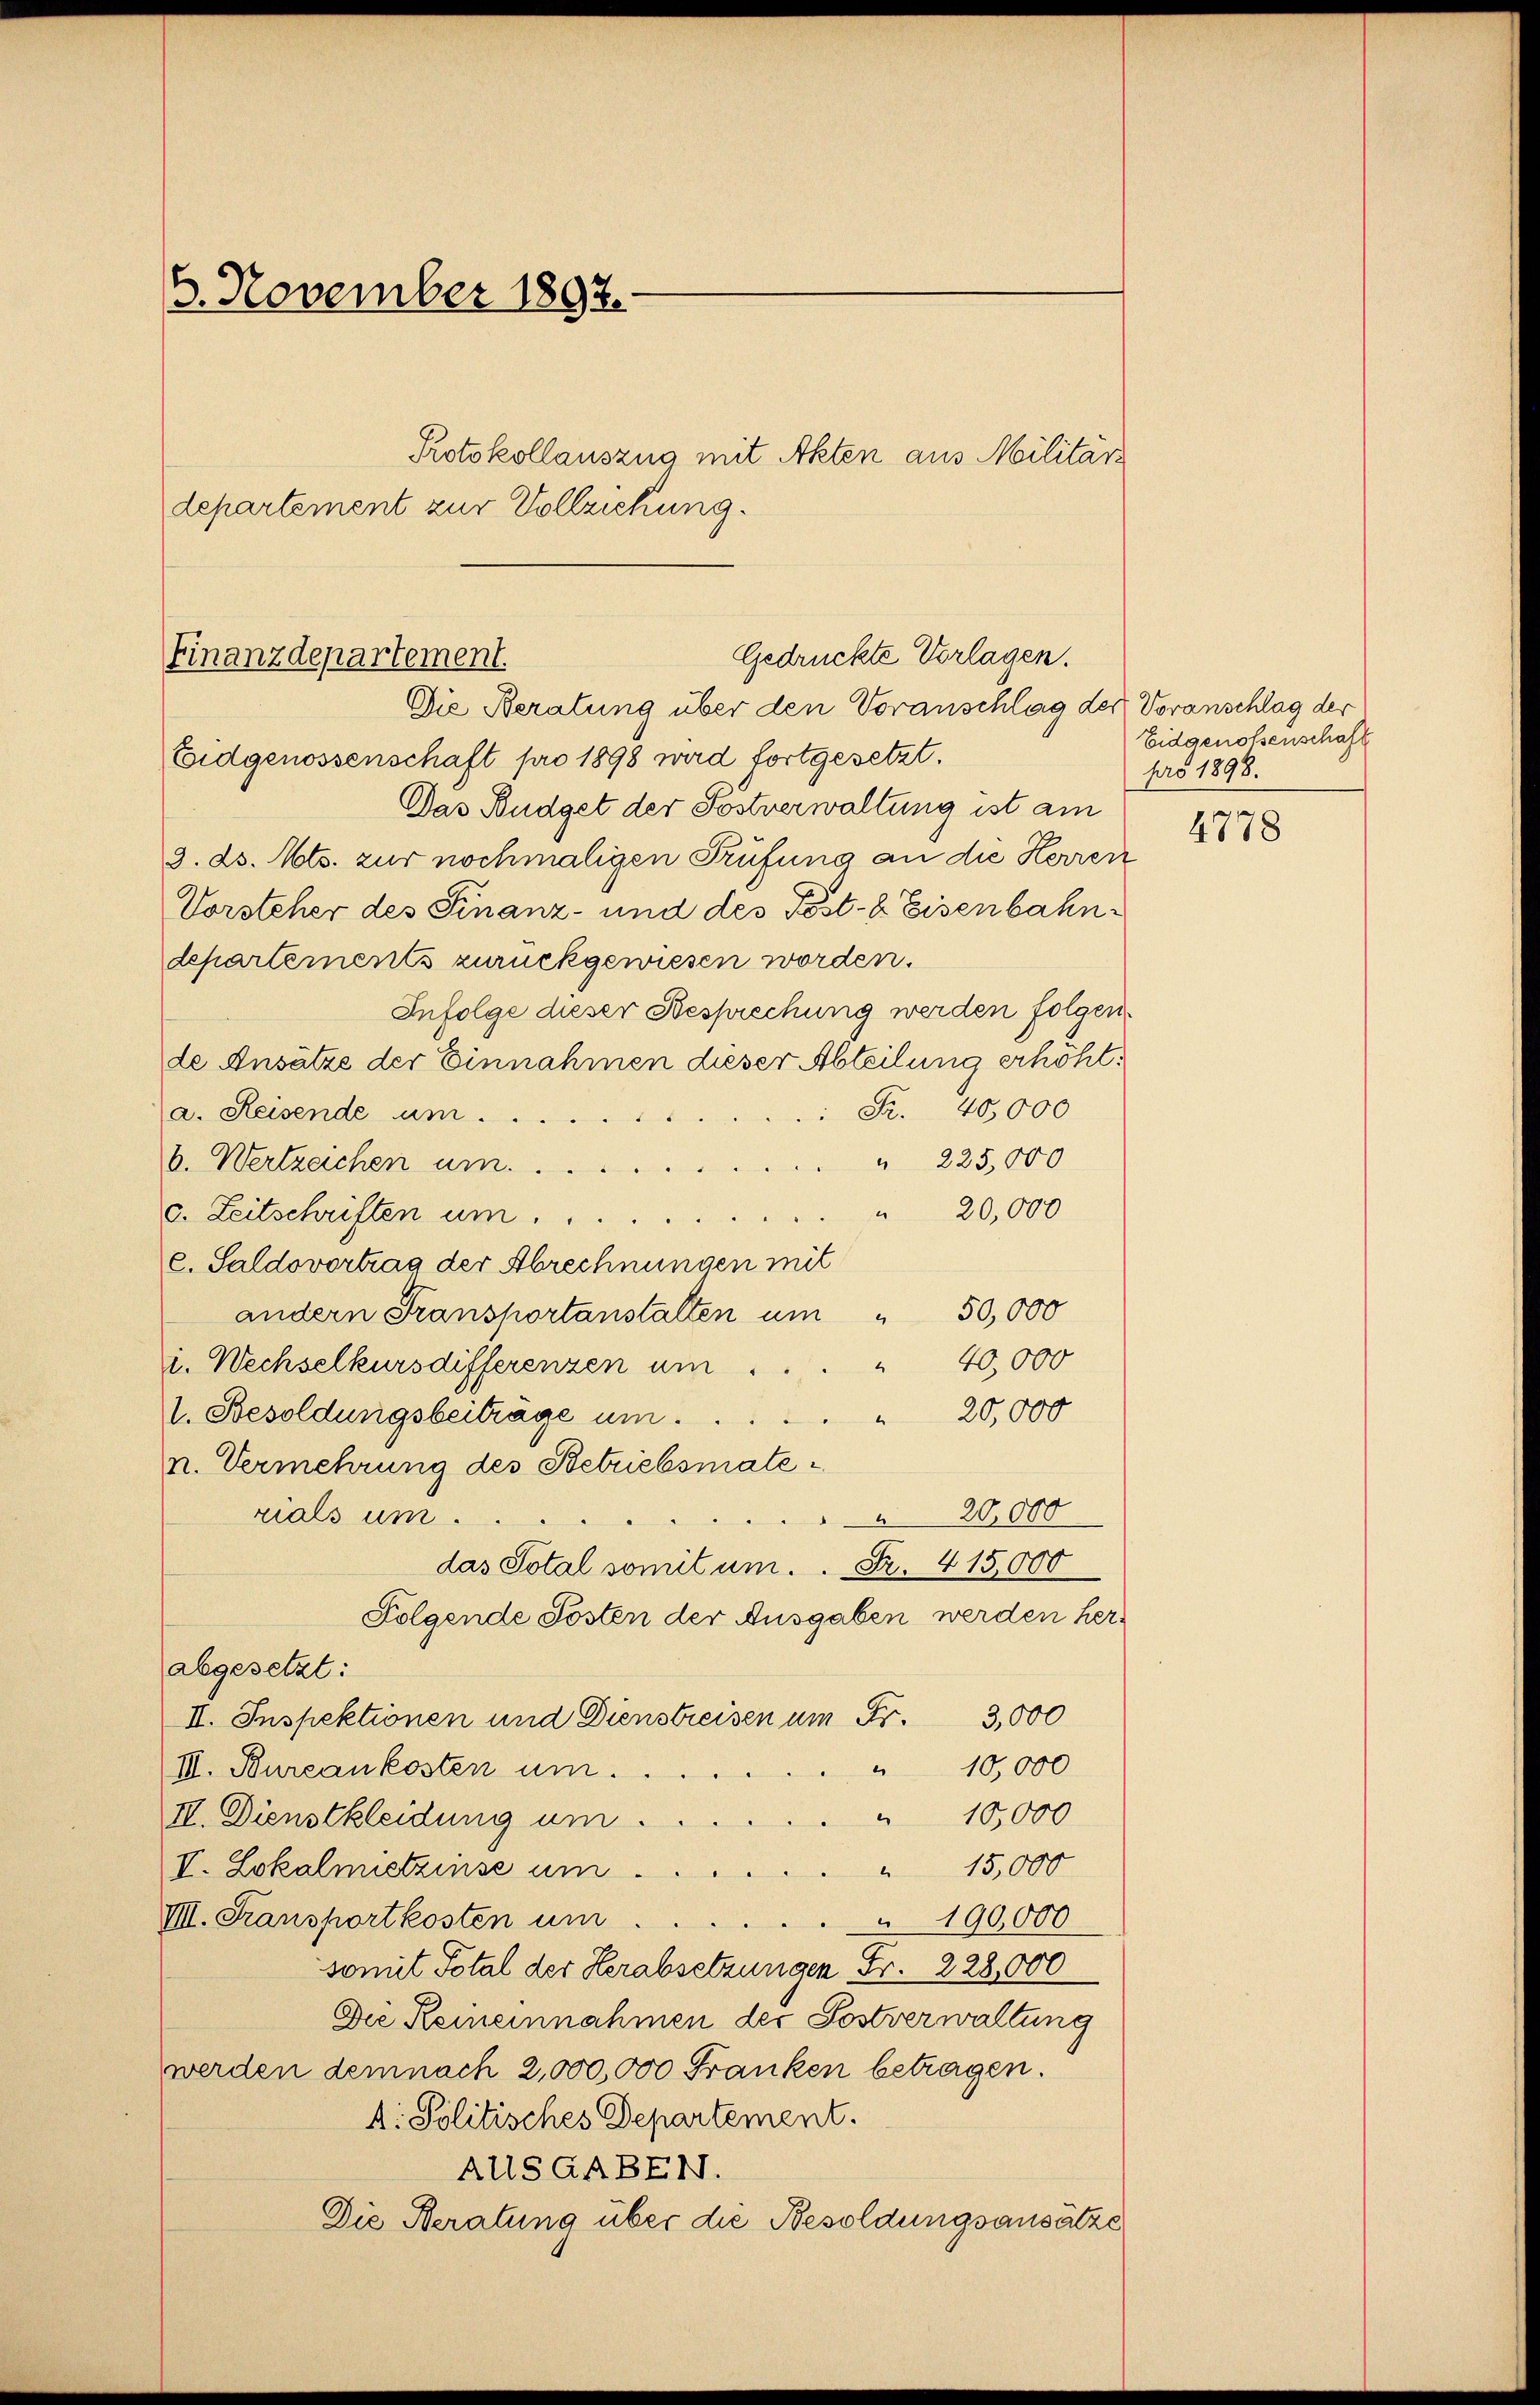
3. November 1892.
Protokollauszug mit Akten aus Militärs
departement zur Vollziehung.

Gedrückte Vorlagen.
Finanzdepartement.
Die Beratung über den Voranschlag der Voranschlag der

Eidgenossenschaft pro 1898 wird fortgesetzt.
Das Budget der Postverwaltung ist am
3. ds. Mts. zur nochmaligen Prüfung an die Herren
Vorsteher des Finanz- und des Post- & Eisenbahndepartements zurückgewiesen worden.
Infolge dieser Besprechung werden folgen.
de Ansätze der Einnahmen dieser Abteilung erhöht.
 Fr. 40,000
a. Reisende um
" 225,000
b. Wertzeichen um.
" 20,000
c. Zeitschriften um ...
c. Saldovortrag der Abrechnungen mit
andern Transportanstalten um 50,000
40,000
i. Wechselkursdifferenzen um
I. Besoldungsbeitrage um ... 20,000
n. Vermehrung des Betriebsmaterials um
20,000
das Total somit um. Fr. 415,000
Folgende Posten der Ausgaben werden herabgesetzt:
II. Inspektionen und Dienstreisen um Fr. 3000
10,000
e
III. Bureaukosten um.
" 10,000
II. Dienstkleidung um.
 15,000
V. Lokalmietzinse um
VII. Transportkosten um
190,000
somit Total der Herabsetzungen Fr. 228,000
Die Reineinnahmen der Postverwaltung
werden demnach 2,000,000 Franken betragen.
4. Politisches Departement.
AUSAABEN.
Die Beratung über die Besoldungsansätze

Eidgenossenschaft
pro 1898.

4778